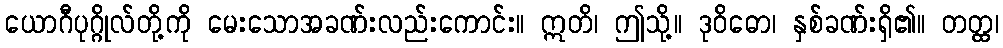
ယောဂီပုဂ္ဂိုလ်တို့ကို မေးသောအခဏ်းလည်းကောင်း။ ဣတိ၊ ဤသို့။ ဒုဝိဓော၊ နှစ်ခဏ်းရှိ၏။ တတ္ထ၊